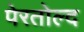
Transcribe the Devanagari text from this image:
पेरतोल्द